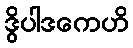
ဒွိပါဒကေဟိ